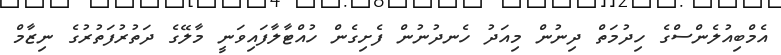
އެމްބިއުލެންސްގެ ހިދުމަތް ދިނުން މިއަދު ހެނދުނުން ފެށިގެން ހުއްޓާލާފައިވަނީ މާލޭގެ ދަތުރުފަތުރުގެ ނިޒާމް